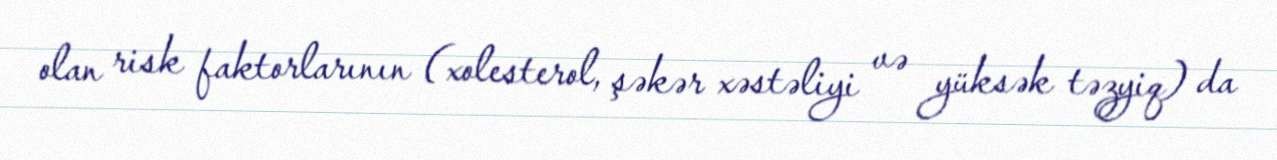
olan risk faktorlarının (xolesterol, şəkər xəstəliyi və yüksək təzyiq) da